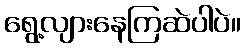
ရွေ့လျားနေကြဆဲပါပဲ။